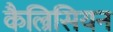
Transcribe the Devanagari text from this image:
कैल्रिसियन